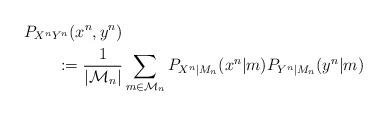
LaTeX: \begin{align*} & P_{X^{n}Y^{n}}(x^{n},y^{n}) \\ & \qquad:=\frac{1}{|{\cal M}_{n}|}\sum_{m\in{\cal M}_{n}}P_{X^{n}|M_{n}}(x^{n}|m)P_{Y^{n}|M_{n}}(y^{n}|m)\end{align*}